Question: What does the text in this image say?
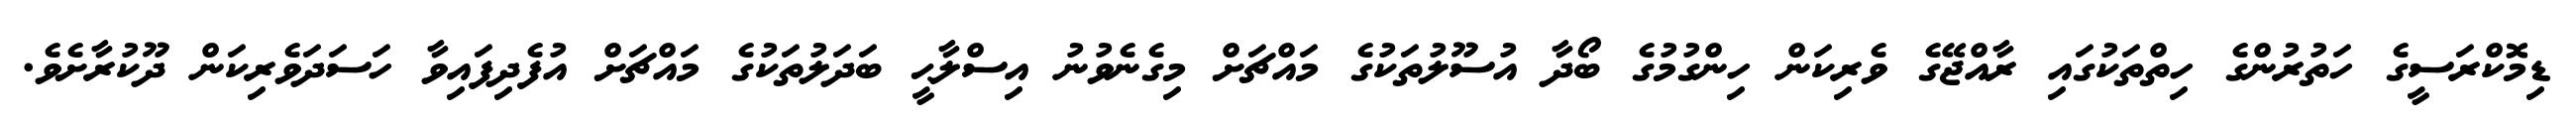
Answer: ޑިމޮކްރަސީގެ ހަތުރުންގެ ހިތްތަކުގައި ރާއްޖޭގެ ވެރިކަން ހިންގުމުގެ ބޯދާ އުސޫލުތަކުގެ މައްޗަށް މިގެނެވުނު އިސްލާޙީ ބަދަލުތަކުގެ މައްޗަށް އުފެދިފައިވާ ހަސަދަވެރިކަން ދޫކުރާށެވެ.